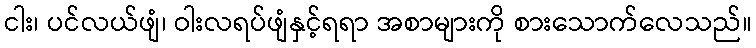
ငါး၊ ပင်လယ်ဖျံ၊ ဝါးလရပ်ဖျံနှင့်ရရာ အစာများကို စားသောက်လေသည်။